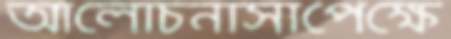
আলোচনাসাপেক্ষে